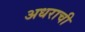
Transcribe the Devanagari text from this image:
अधराची